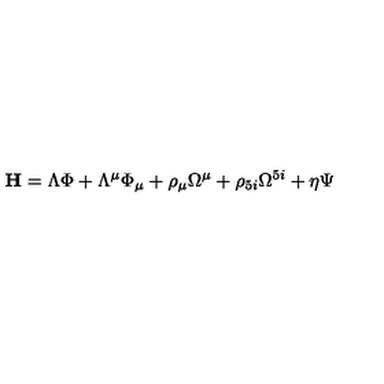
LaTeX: \mathrm { \bf { H } } = \Lambda { \Phi } + \Lambda ^ { \mu } { \Phi } _ { \mu } + \rho _ { \mu } \Omega ^ { \mu } + \rho _ { 5 i } \Omega ^ { 5 i } + \eta \Psi